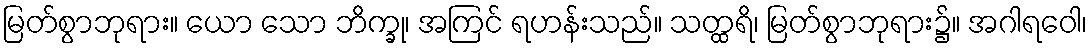
မြတ်စွာဘုရား။ ယော သော ဘိက္ခု၊ အကြင် ရဟန်းသည်။ သတ္ထရိ၊ မြတ်စွာဘုရား၌။ အဂါရဝေါ၊